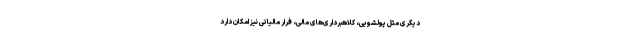
دیگری مثل پولشویی، کلاهبرداری‌های مالی، فرار مالیاتی نیز امکان دارد